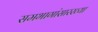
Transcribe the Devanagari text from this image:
समभागांसारख्या